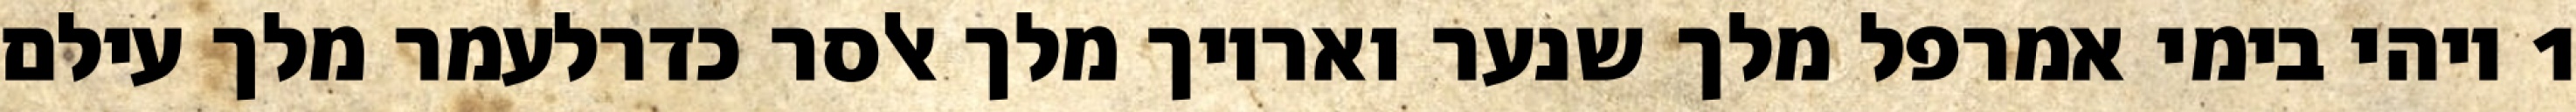
1 ויהי בימי אמרפל מלך שנער ואריוך מלך אלסר כדרלעמר מלך עילם